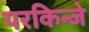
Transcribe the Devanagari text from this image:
परकिन्जे